Report of the Municipal Commissioner on the plague in Bombay for the year ending 31st May... - Volume 3
Disease focus: Plague
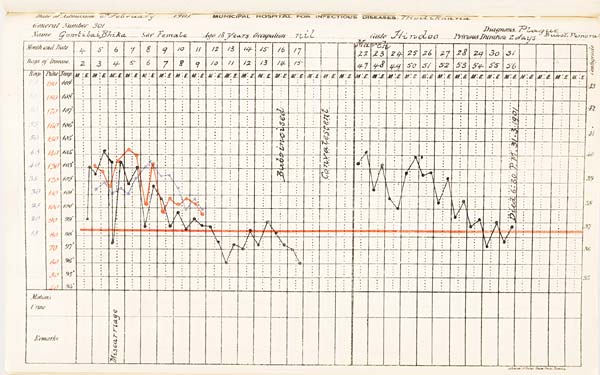
Date of Admission 1901. MUNICIPAL HOSPITAL FOR INFECTIOUS DISEASES.
General Number Diagnosis.
Name
Sex
Age
Occupation
Caste
Previous
Duration